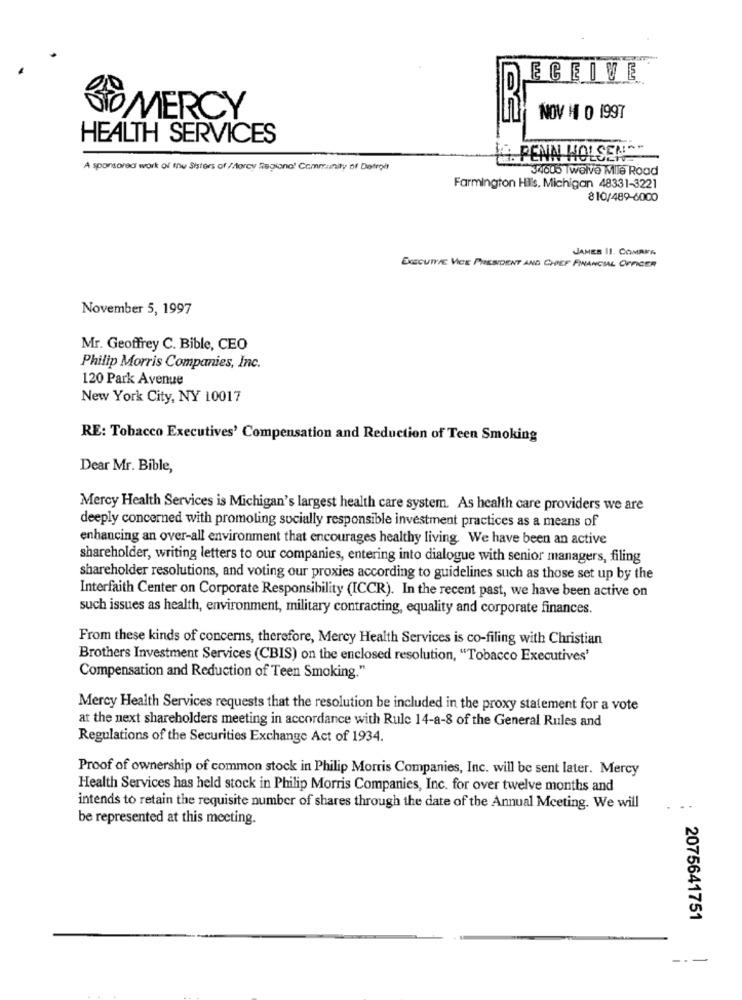
ECEIVE
STO MERCY
NOV # O 1997
HEALTH SERVICES
PENN HOLSEN""
A sponsored work of the Sisters of //orcy Ragiono! Community of Detrol
34600 Twelve Mile Road
Farmington Hils, Michigan 48331-3221
810/489-6000
JAMES II. COMRES
EXECUTIVE VICE PRESIDENT AND CHIEF FINANCIAL OFFICER
November 5, 1997
Mr. Geoffrey C. Bible, CEO
Philip Morris Companies, Inc.
120 Park Avenue
New York City, NY 10017
RE: Tobacco Executives' Compensation and Reduction of Teen Smoking
Dear Mr. Bible,
Mercy Health Services is Michigan's largest health care system. As health care providers we are
deeply concerned with promoting socially responsible investment practices as a means of
enhancing an over-all environment that encourages healthy living. We have been an active
shareholder, writing letters to our companies, entering into dialogue with senior managers, filing
shareholder resolutions, and voting our proxies according to guidelines such as those set up by the
Interfaith Center on Corporate Responsibility (ICCR). In the recent past, we have been active on
such issues as health, environment, military contracting, equality and corporate finances.
From these kinds of concerns, therefore, Mercy Health Services is co-filing with Christian
Brothers Investment Services (CBIS) on the enclosed resolution, "Tobacco Executives'
Compensation and Reduction of Teen Smoking."
Mercy Health Services requests that the resolution be included in the proxy statement for a vote
at the next shareholders meeting in accordance with Rule 14-a-8 of the General Rules and
Regulations of the Securities Exchange Act of 1934.
Proof of ownership of common stock in Philip Morris Companies, Inc. will be sent later. Mercy
Health Services has held stock in Philip Morris Companies, Inc. for over twelve months and
intends to retain the requisite number of shares through the date of the Annual Meeting. We will
be represented at this meeting.
2075641751
---